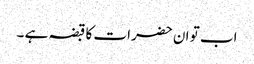
اب تو ان حضرات کا قبضہ ہے ۔